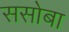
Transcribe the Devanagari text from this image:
ससोबा